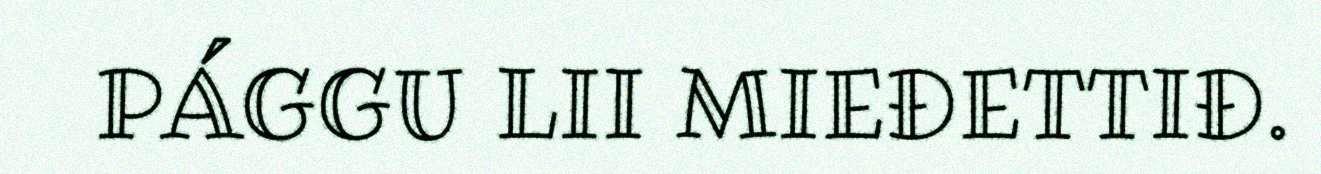
PÁGGU LII MIEĐETTIĐ.